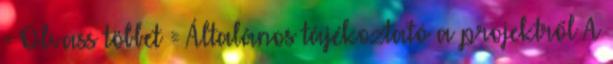
= Olvass többet = Általános tájékoztató a projektről A